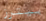
بيترز